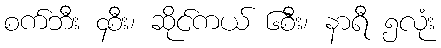
စက်ဘီး ၄စီး၊ ဆိုင်ကယ် ၆စီး၊ နာရီ ၅လုံး